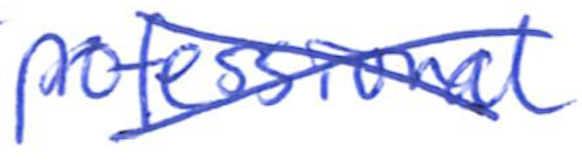
Text: professional
Cross-out: cross
Writing tool: ballpoint